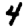
Digit: 4